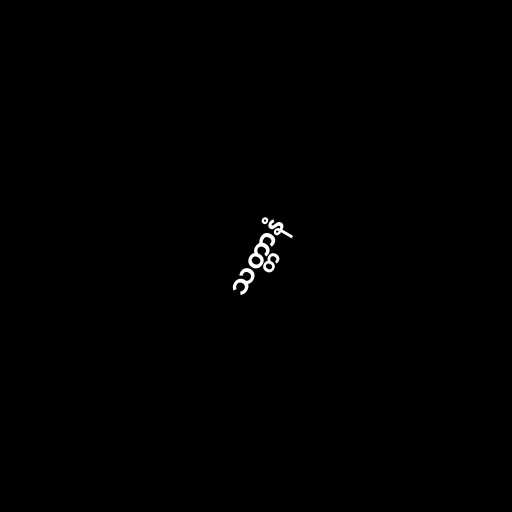
သတ္တာနံ